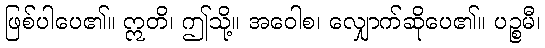
ဖြစ်ပါပေ၏။ ဣတိ၊ ဤသို့။ အဝေါစ၊ လျှောက်ဆိုပေ၏။ ပဉ္စမီ၊